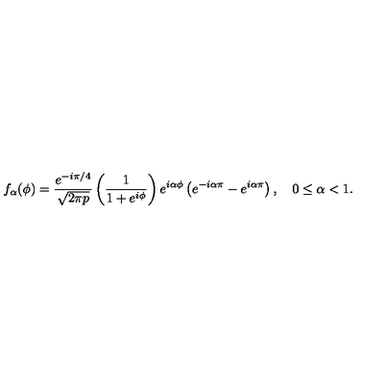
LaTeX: f _ { \alpha } ( \phi ) = { \frac { e ^ { - i \pi / 4 } } { \sqrt { 2 \pi p } } } \left( { \frac { 1 } { 1 + e ^ { i \phi } } } \right) e ^ { i \alpha \phi } \left( e ^ { - i \alpha \pi } - e ^ { i \alpha \pi } \right) , \quad 0 \le \alpha < 1 .